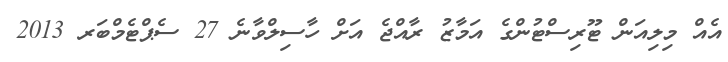
އެއް މިލިއަން ޓޫރިސްޓުންގެ އަމާޒު ރާއްޖެ އަށް ހާސިލްވާނެ 27 ސެޕްޓެމްބަރ 2013